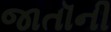
જાતૉની